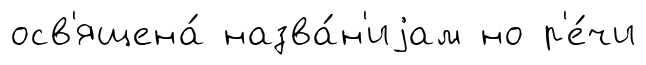
осв'ящена́ назва́н'иjам но р'е́чи